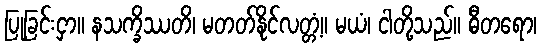
ပြုခြင်းငှာ။ နသက္ခိဿတိ၊ မတတ်နိုင်လတ္တံ့။ မယံ၊ ငါတို့သည်။ ဓီတရော၊